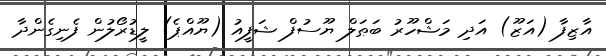
އާޒިފާ (އަޒޫ) އަދި މަޝްހޫރު ބަޠަލް ޔޫސުފް ޝަފީއު (ޔޫއްޕެ) ލީޑުރޯލުން ފެނިގެންދާ